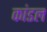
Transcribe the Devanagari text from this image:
कांडल